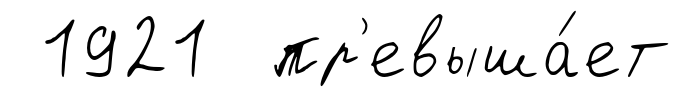
1921 пр'евыша́ет